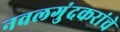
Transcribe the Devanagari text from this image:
नवलगुंदकरांचे